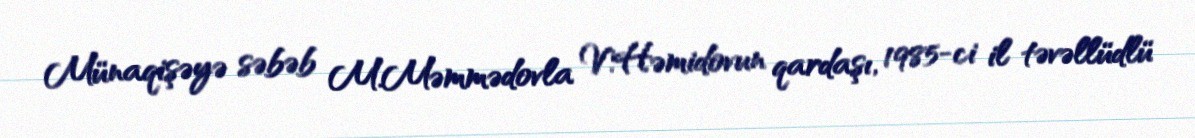
Münaqişəyə səbəb M.Məmmədovla V.Həmidovun qardaşı, 1985-ci il təvəllüdlü